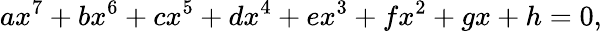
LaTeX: ax^{7}+bx^{6}+cx^{5}+dx^{4}+ex^{3}+fx^{2}+gx+h=0,